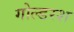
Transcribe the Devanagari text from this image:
गोल्डरश